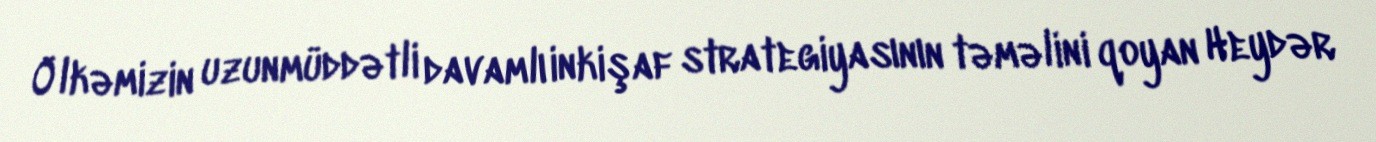
Ölkəmizin uzunmüddətli davamlı inkişaf strategiyasının təməlini qoyan Heydər